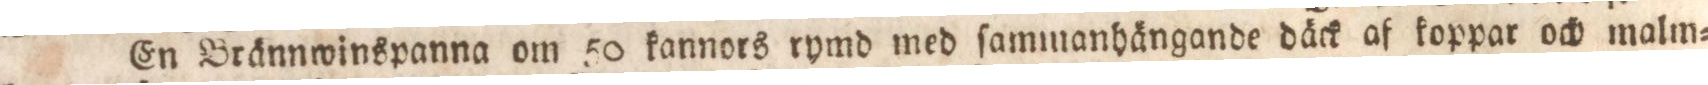
En Brännwinspanna om 50 kannors rymd med ſammanhängande däck af koppar och malm=